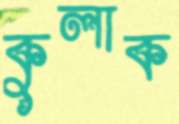
কুলাক